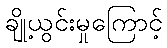
ချို့ယွင်းမှုကြောင့်